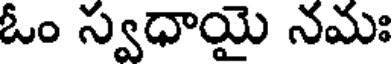
ఓం స్వధాయై నమః